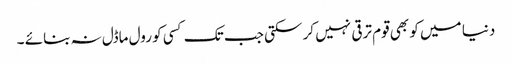
دنیا میں کو بھی قوم ترقی نہیں کر سکتی جب تک کسی کو رول ماڈل نہ بنائے ۔